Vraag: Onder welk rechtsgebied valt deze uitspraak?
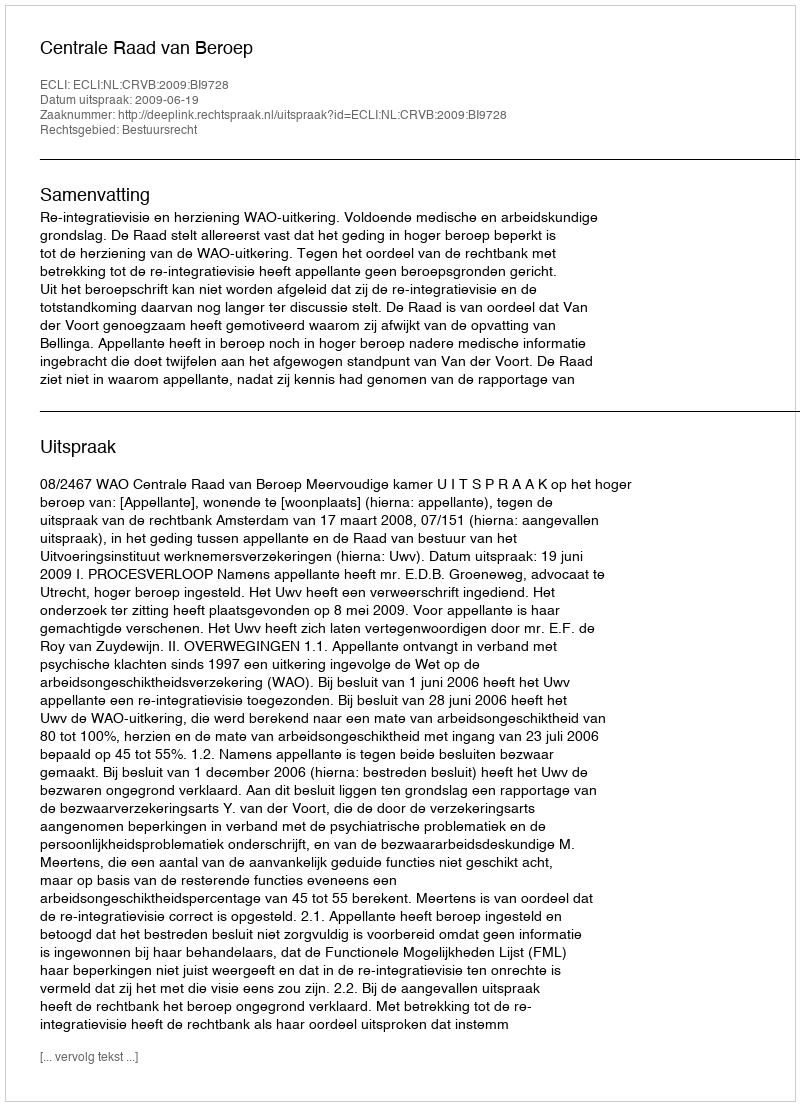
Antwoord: Bestuursrecht